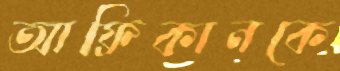
আফ্রিকানকে